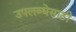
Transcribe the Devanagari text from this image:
उपलब्धेसाठी